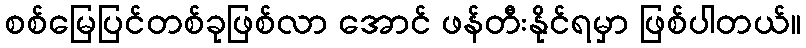
စစ်မြေပြင်တစ်ခုဖြစ်လာ အောင် ဖန်တီးနိုင်ရမှာ ဖြစ်ပါတယ်။